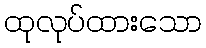
ထုလုပ်ထားသော